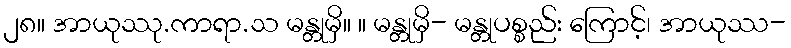
၂၈။ အာယုဿု.ကာရာ.သ မန္တုမှိ။ ။ မန္တုမှိ- မန္တုပစ္စည်း ကြောင့်၊ အာယုဿ-